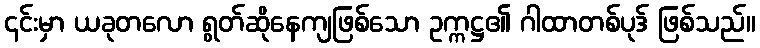
၎င်းမှာ ယခုတလော ရွတ်ဆိုနေကျဖြစ်သော ဥက္ကဋ္ဌ၏ ဂါထာတစ်ပုဒ် ဖြစ်သည်။